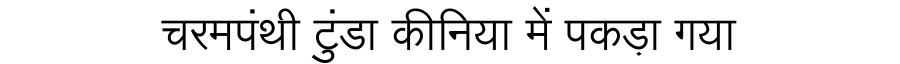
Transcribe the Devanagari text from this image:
चरमपंथी टुंडा कीनिया में पकड़ा गया